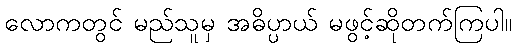
လောကတွင် မည်သူမှ အဓိပ္ပာယ် မဖွင့်ဆိုတက်ကြပါ။